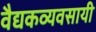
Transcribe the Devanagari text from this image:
वैद्यकव्यवसायी